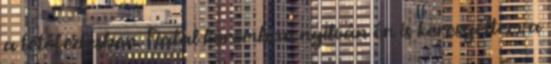
a tetôfedésben. Fiatal koromban nyilván én is keresgéltem a